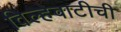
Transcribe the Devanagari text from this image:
विल्हेवाटीची